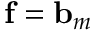
\mathbf { f } = \ensuremath { \mathbf { b } } _ { m }